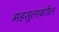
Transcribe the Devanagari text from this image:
महसुलावरील